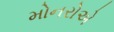
મોનરોએ